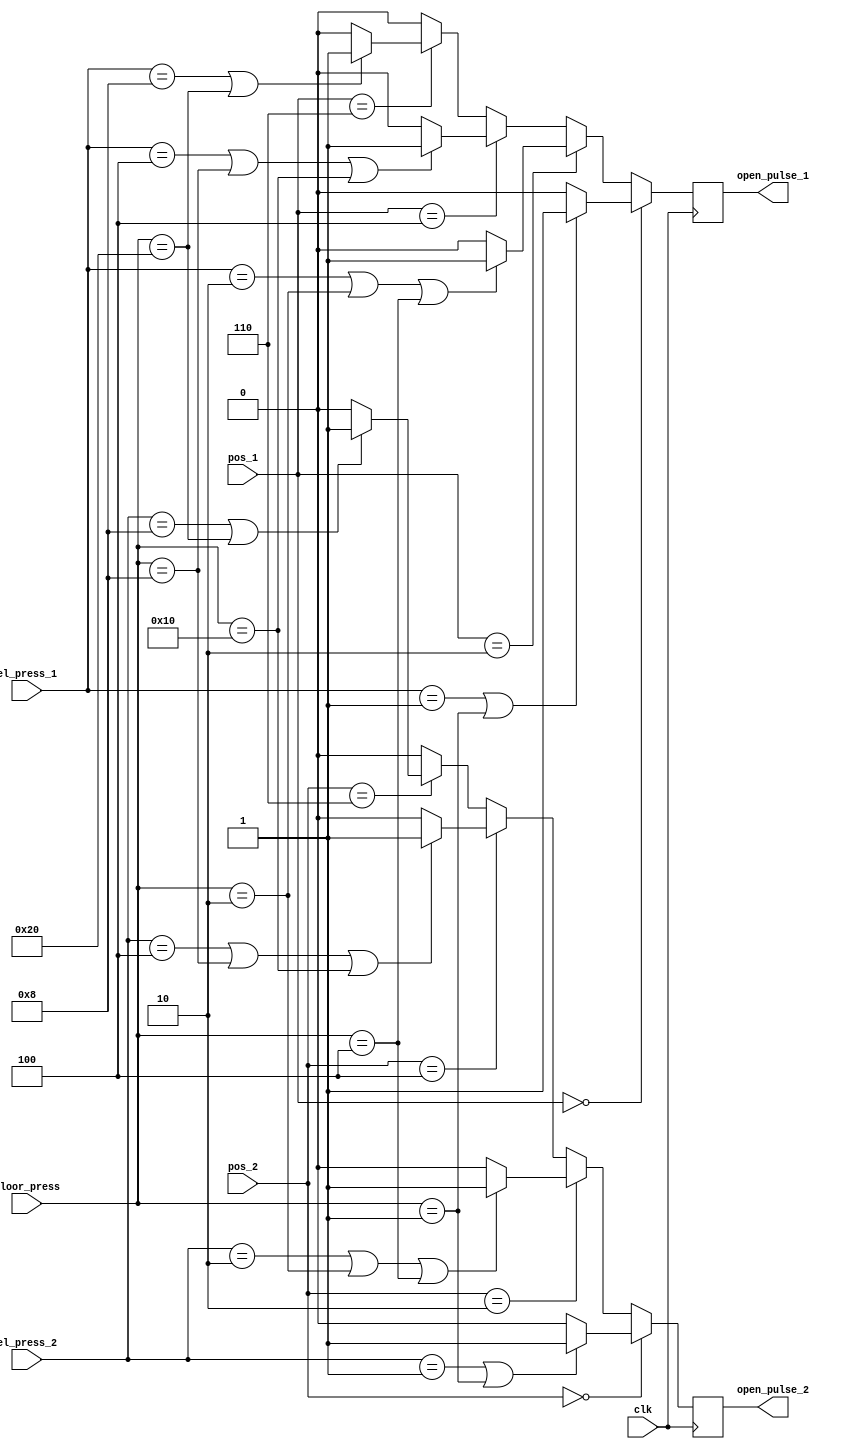
`timescale 1ns / 1ps

module door_opener(
    input clk,
    input [2:0] pos_1,
    input [2:0] pos_2,
    input [5:0] floor_press,
    input [3:0] el_press_1,
    input [3:0] el_press_2,
    output reg open_pulse_1,
    output reg open_pulse_2
    );
    
    always @ (posedge clk)
    begin
        open_pulse_1 = 0;
        if (pos_1 == 0)
        begin
            if ((el_press_1 == 4'b0001) | (floor_press == 6'b000001))
                open_pulse_1 = 1;
        end
        
        else if (pos_1 == 2)
        begin
            if ((el_press_1 == 4'b0010) | (floor_press == 6'b000010) | (floor_press == 6'b000100))
                open_pulse_1 = 1;
        end
        
        else if (pos_1 == 4)
        begin
            if ((el_press_1 == 4'b0100) | (floor_press == 6'b001000) | (floor_press == 6'b010000))
                open_pulse_1 = 1;
        end
        
        else if (pos_1 == 6)
        begin
            if ((el_press_1 == 4'b1000) | (floor_press == 6'b100000))
                open_pulse_1 = 1;
        end
        
        open_pulse_2 = 0;
        if (pos_2 == 0)
        begin
            if ((el_press_2 == 4'b0001) | (floor_press == 6'b000001))
                open_pulse_2 = 1;
        end
        
        else if (pos_2 == 2)
        begin
            if ((el_press_2 == 4'b0010) | (floor_press == 6'b000010) | (floor_press == 6'b000100))
                open_pulse_2 = 1;
        end
        
        else if (pos_2 == 4)
        begin
            if ((el_press_2 == 4'b0100) | (floor_press == 6'b001000) | (floor_press == 6'b010000))
                open_pulse_2 = 1;
        end
        
        else if (pos_2 == 6)
        begin
            if ((el_press_2 == 4'b1000) | (floor_press == 6'b100000))
                open_pulse_2 = 1;
        end
    end
endmodule